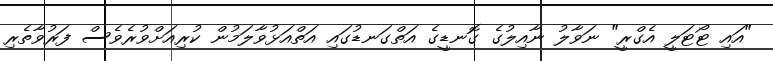
"އައި ޓޯޓަލީ އެގްރީ" ނަވާލު ނާއިލުގެ ގޮނޑީގެ އަތްގަނޑުގައި އަތްއަޅުވާލަމުން ކުރިއަށްވުރެވެސް ފަރުވާތެރި